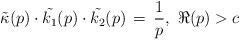
\begin{align*}\tilde{\kappa}(p)\cdot \tilde{k_1}(p) \cdot \tilde{k_2}(p) \, = \, \frac{1}{p},\ \Re(p) > c\end{align*}